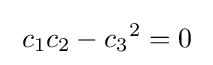
\;c_{1}c_{2}-{c_{3}}^{2}=0\;